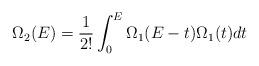
LaTeX: \begin{align*}\Omega_2(E)=\frac{1}{2!}\int_{0}^{E}\Omega_1(E-t)\Omega_1(t)dt\end{align*}